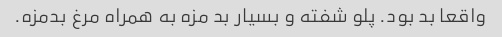
واقعا بد بود. پلو شفته و بسیار بد مزه به همراه مرغ بدمزه.